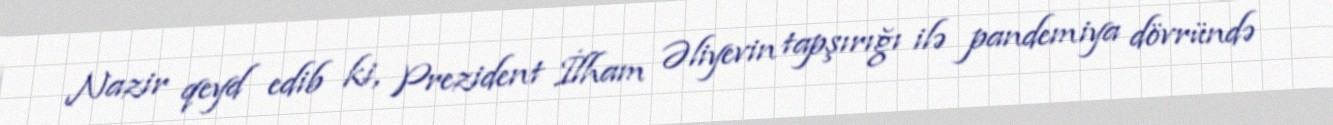
Nazir qeyd edib ki, Prezident İlham Əliyevin tapşırığı ilə pandemiya dövründə